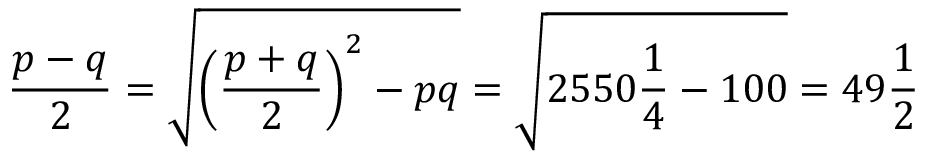
{ \frac { p - q } { 2 } } = { \sqrt { \left( { \frac { p + q } { 2 } } \right) ^ { 2 } - p q } } = { \sqrt { 2 5 5 0 { \frac { 1 } { 4 } } - 1 0 0 } } = 4 9 { \frac { 1 } { 2 } }